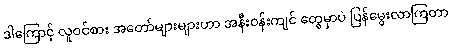
ဒါကြောင့် လူဝင်စား အတော်များများဟာ အနီးဝန်းကျင် တွေမှာပဲ ပြန်မွေးလာကြတာ